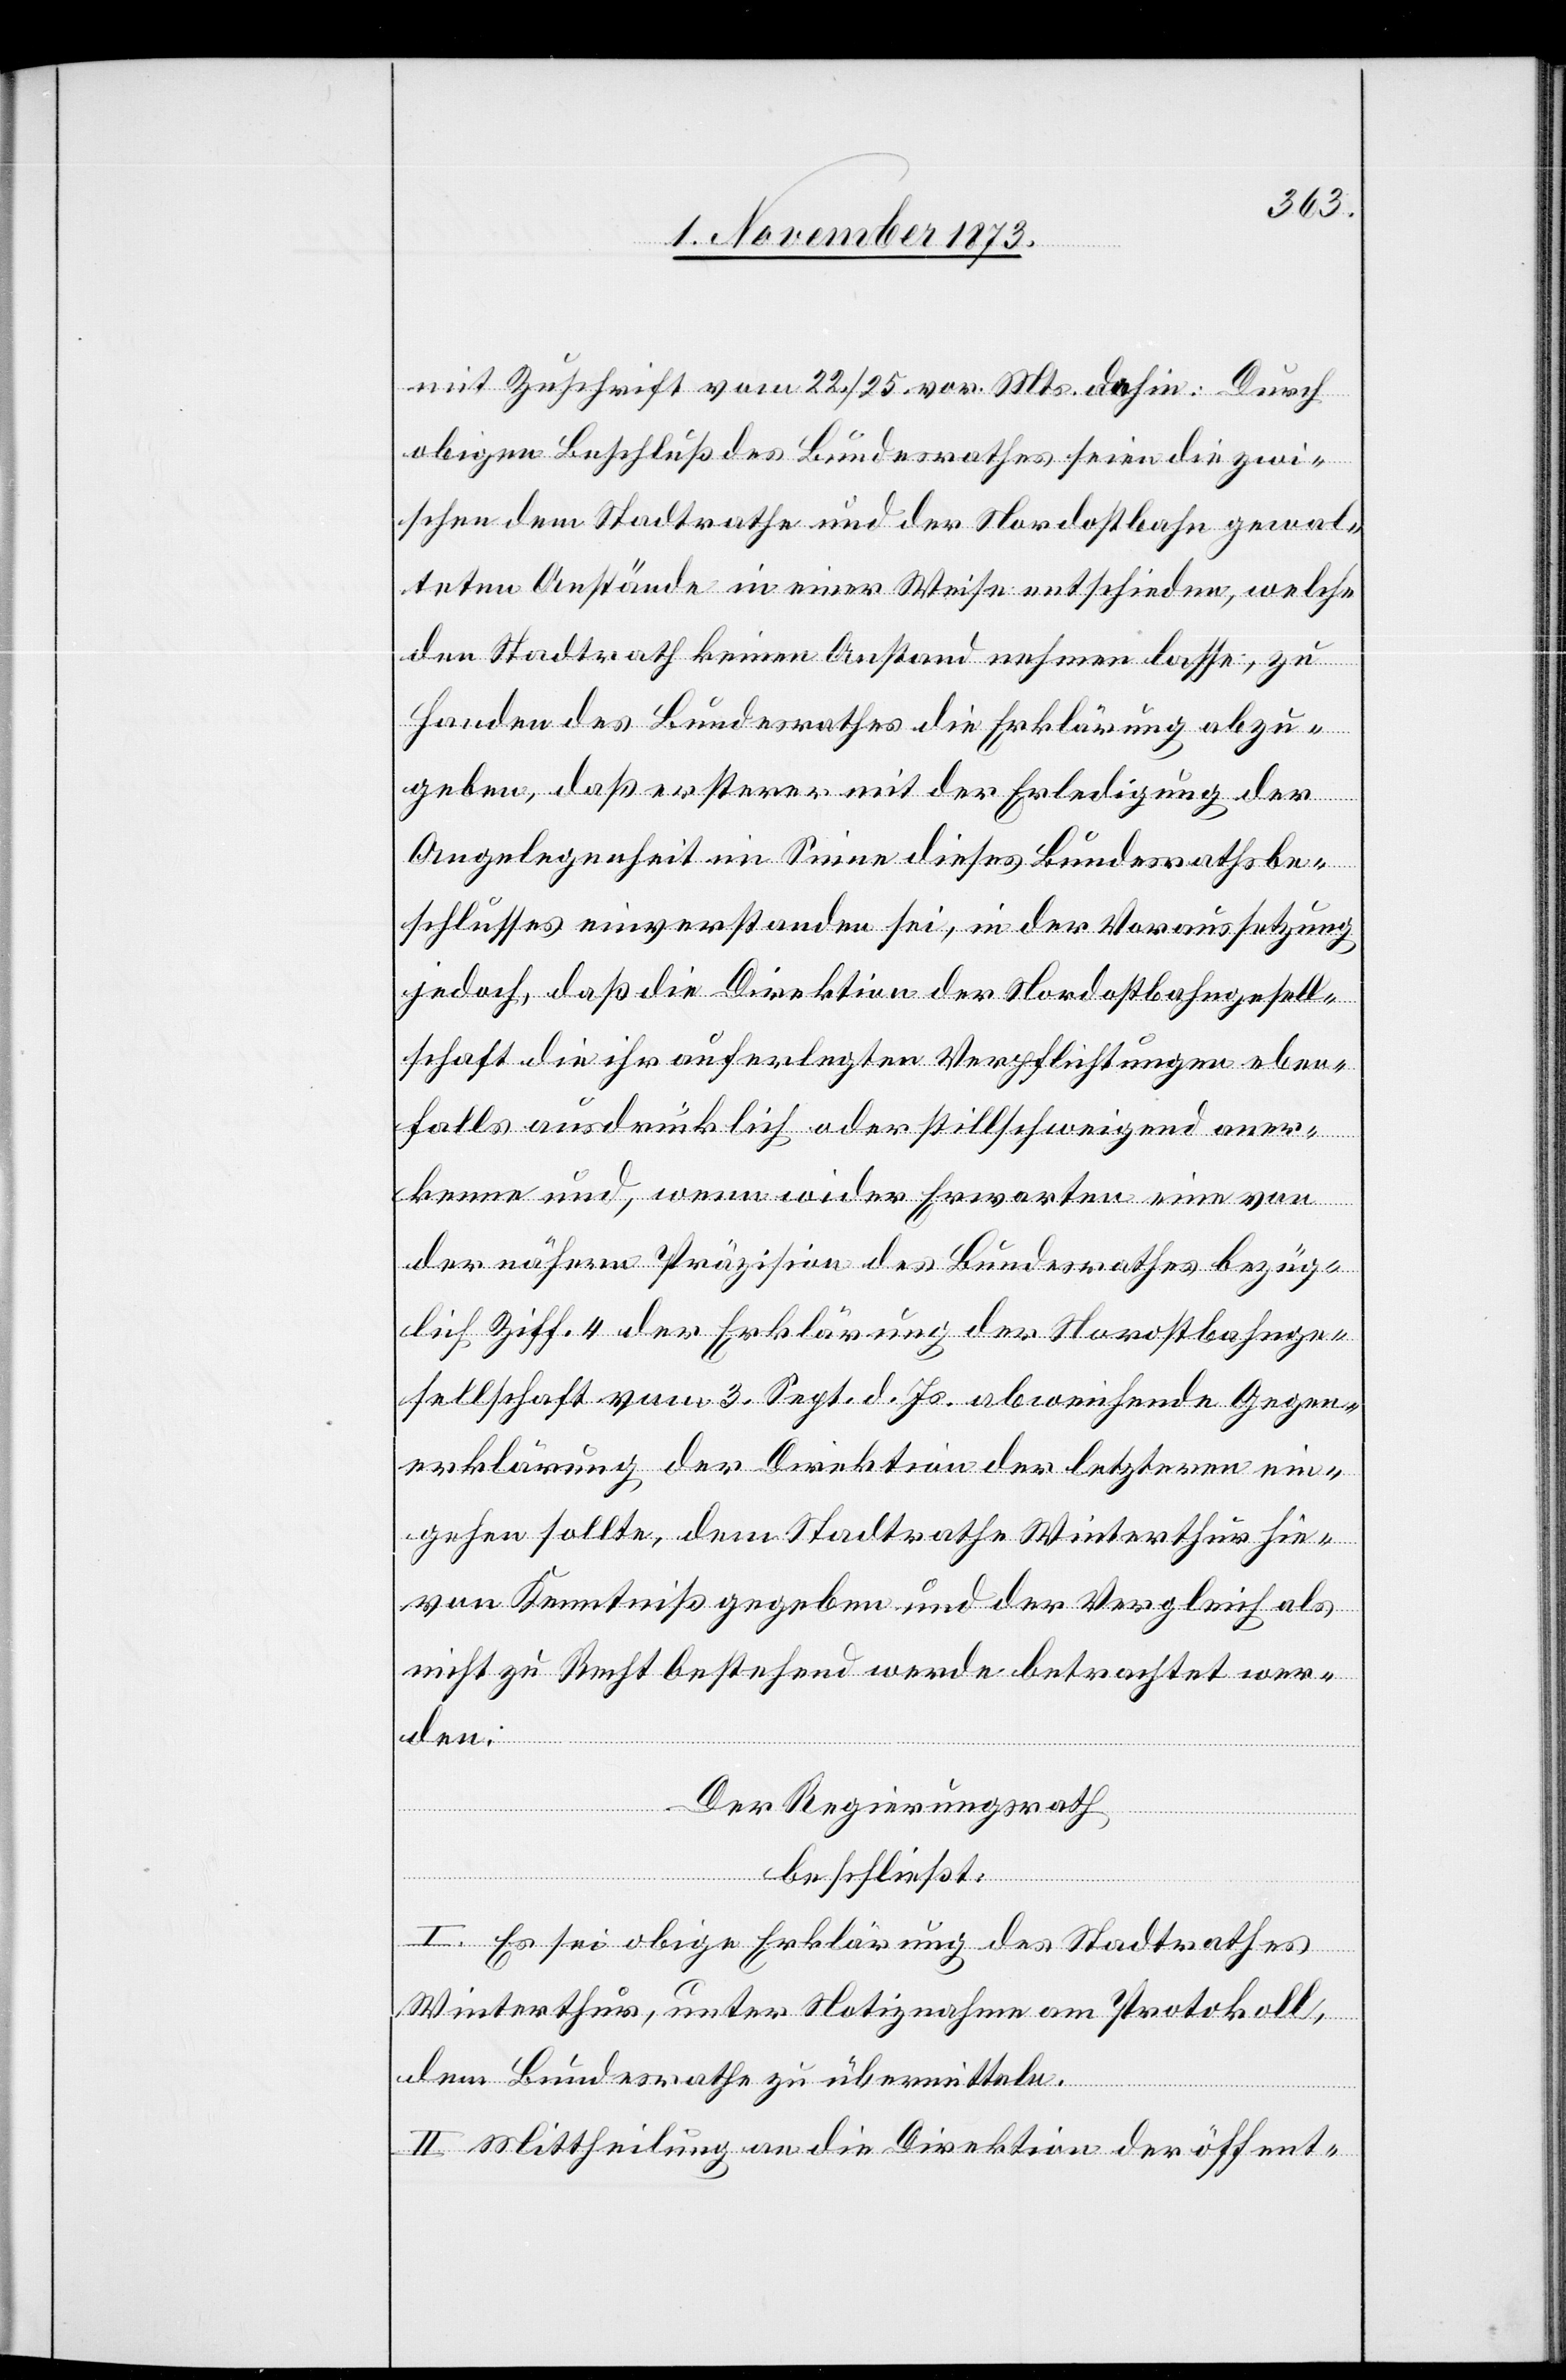
mit Zuschrift vom 22./25. vor. Mts. dahin: Durch
obigen Beschluß des Bundesrathes seien die zwi¬
schen dem Stadtrathe und der Nordostbahn gewal¬
teten Anstände in einer Weise entschieden, welche
den Stadtrath keinen Anstand nehmen lasse, zu
Handen des Bundesrathes die Erklärung abzu¬
geben, daß ersterer mit der Erledigung der
Angelegenheit im Sinne dieses Bundesrathsbe¬
schlusses einverstanden sei, in der Voraussetzung
jedoch, daß die Direktion der Nordostbahngesell¬
schaft die ihr auferlegten Verpflichtungen eben¬
falls ausdrücklich oder stillschweigend aner¬
kenne und, wenn wider Erwarten eine von
der nähern Präzision des Bundesrathes bezüg¬
lich Ziff. 4 der Erklärung der Nordostbahnge¬
sellschaft vom 3. Sept. d. Js. abweichende Gegen¬
erklärung der Direktion der letzteren ein¬
gehen sollte, dem Stadtrathe Winterthur hie¬
von Kenntniß gegeben und der Vergleich als
nicht zu Recht bestehend werde betrachtet wer¬
den.
Der Regierungsrath
beschließt:
I. Es sei obige Erklärung des Stadtrathes
Winterthur, unter Notiznahme am Protokoll,
dem Bundesrathe zu übermitteln.
II. Mittheilung an die Direktion der öffent-